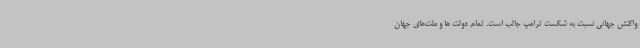
واکنش جهانی نسبت به شکست ترامپ جالب است. تمام دولت ها و ملت‌های جهان